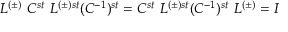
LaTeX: L ^ { ( \pm ) } \ C ^ { s t } \ L ^ { ( \pm ) s t } ( C ^ { - 1 } ) ^ { s t } = C ^ { s t } \ L ^ { ( \pm ) s t } ( C ^ { - 1 } ) ^ { s t } \ L ^ { ( \pm ) } = I